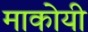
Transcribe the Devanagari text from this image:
माकोयी